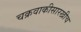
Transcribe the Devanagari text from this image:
चक्रवाकीसारखीच